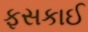
ફસકાઈ